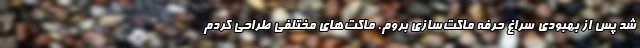
شد پس از بهبودی سراغ حرفه ماکت‌سازی بروم. ماکت‌های مختلفی طراحی کردم